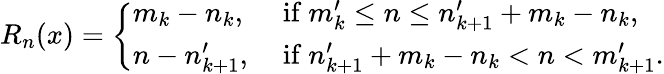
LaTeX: R_{n}(x)=\left\{ \begin{array}{ll}{m_{k}-n_{k},}&{\ \mathrm{if}~m_{k}^{\prime}\leq n\leq n_{k+1}^{\prime}+m_{k}-n_{k},}\\ {n-n_{k+1}^{\prime},}&{\ \mathrm{if}~n_{k+1}^{\prime}+m_{k}-n_{k}<n<m_{k+1}^{\prime}.}\end{array}\right.